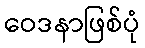
ဝေဒနာဖြစ်ပုံ